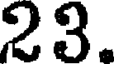
23.